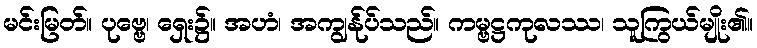
မင်းမြတ်။ ပုဗ္ဗေ၊ ရှေး၌။ အဟံ၊ အကျွန်ုပ်သည်။ ကမ္ဗဋ္ဌကုလဿ၊ သူကြွယ်မျိုး၏။